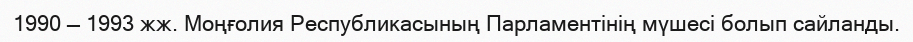
1990 — 1993 жж. Моңғолия Республикасының Парламентінің мүшесі болып сайланды.